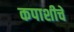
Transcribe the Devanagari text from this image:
कपाशीचे